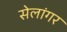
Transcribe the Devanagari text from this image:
सेलांगर